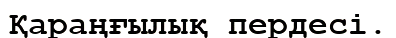
Қараңғылық пердесі.